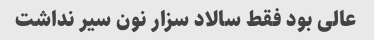
عالى بود فقط سالاد سزار نون سیر نداشت